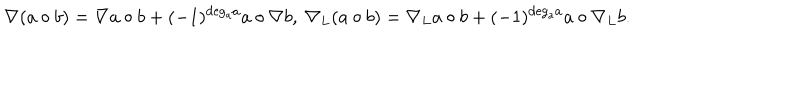
\nabla ( a \circ b ) = \nabla a \circ b + ( - 1 ) ^ { \mathrm { d e g _ { a } } a } a \circ \nabla b , \ \nabla _ { L } ( a \circ b ) = \nabla _ { L } a \circ b + ( - 1 ) ^ { \mathrm { d e g _ { a } } a } a \circ \nabla _ { L } b . \nonumber